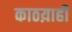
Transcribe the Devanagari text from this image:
काठय़ाही